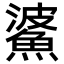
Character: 𩸓